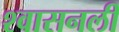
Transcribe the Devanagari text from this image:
श्‍वासनली